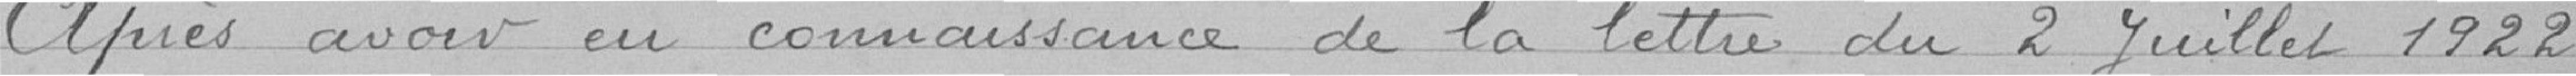
Après avoir eu connaissance de la lettre du 2 juillet 1922